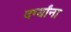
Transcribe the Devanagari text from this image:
दर्ग्यांना